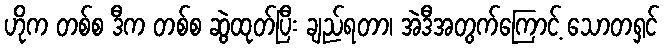
ဟိုက တစ်စ ဒီက တစ်စ ဆွဲထုတ်ပြီး ချည်ရတာ၊ အဲဒီအတွက်ကြောင့် သောတရှင်